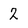
Character: 2